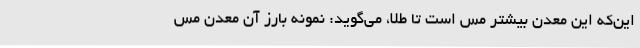
این‌که این معدن بیشتر مس است تا طلا، می‌گوید: نمونه بارز آن معدن مس